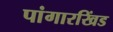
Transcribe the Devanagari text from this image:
पांगारखिंड